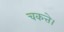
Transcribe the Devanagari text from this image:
चकत्ते।